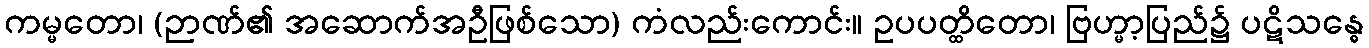
ကမ္မတော၊ (ဉာဏ်၏ အဆောက်အဦဖြစ်သော) ကံလည်းကောင်း။ ဥပပတ္ထိတော၊ ဗြဟ္မာ့ပြည်၌ ပဋိသန္ဓေ